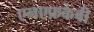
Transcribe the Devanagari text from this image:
एनएफ़केबी